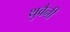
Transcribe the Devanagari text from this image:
थुवैनी